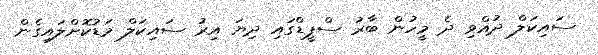
ސައިކަލް ދުއްވި ދެ މީހުން ބާރު ސްޕީޑްގައި ދިޔަ އިރު ސައިކަލް މަޑުކޮށްލައިގެން